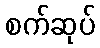
စက်ဆုပ်